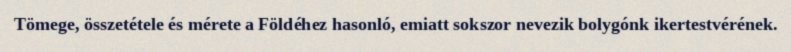
Tömege, összetétele és mérete a Földéhez hasonló, emiatt sokszor nevezik bolygónk ikertestvérének.